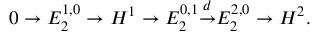
0 \to E _ { 2 } ^ { 1 , 0 } \to H ^ { 1 } \to E _ { 2 } ^ { 0 , 1 } { \overset { d } { \to } } E _ { 2 } ^ { 2 , 0 } \to H ^ { 2 } .